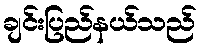
ချင်းပြည်နယ်သည်